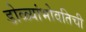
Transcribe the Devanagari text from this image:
डोळ्यांभोवतिची